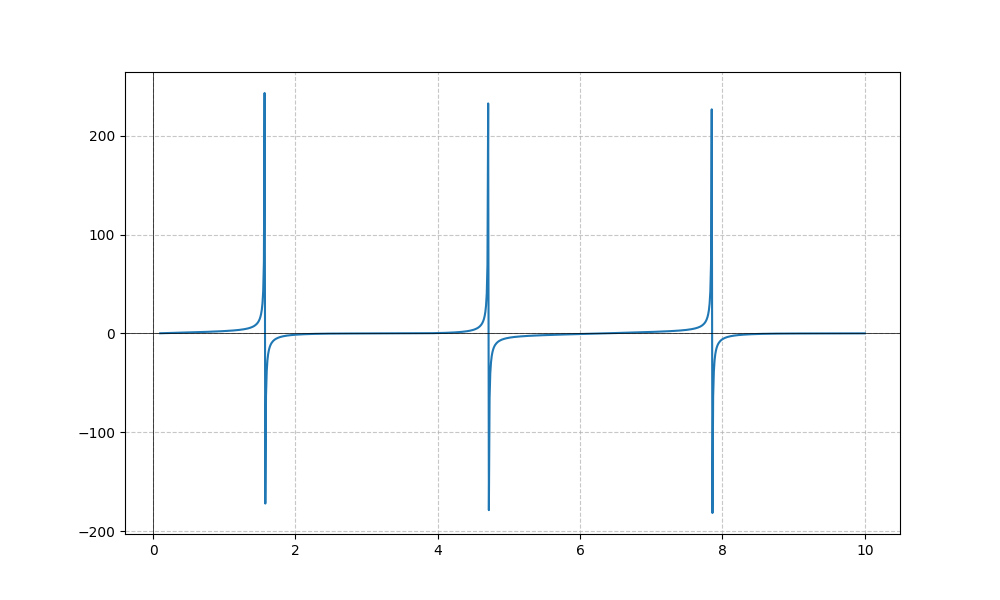
LaTeX formula: \sin{\left(x \right)} + \tan{\left(x \right)}